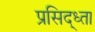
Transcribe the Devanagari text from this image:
प्रसिद्ध्ता